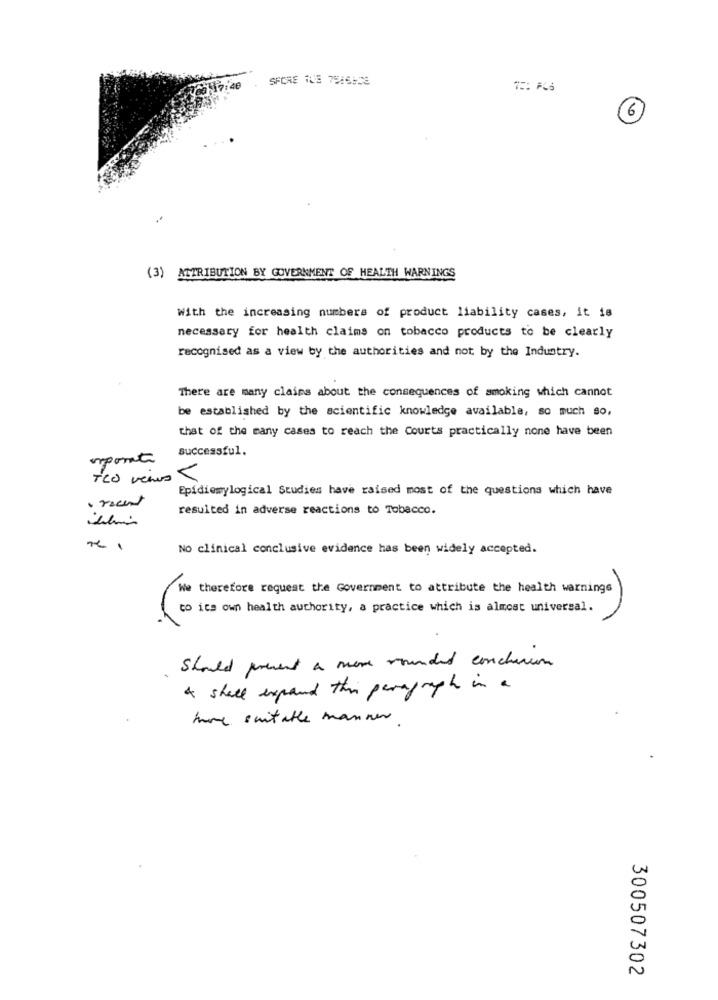
SPORE TUE 7546923
(3) ATTRIBUTION BY GOVERNMENT OF HEALTH WARNINGS
With the increasing numbers of product liability cases, it is
necessary for health claims on tobacco products to be clearly
recognised as a view by the authorities and not by the Industry.
There are many claims about the consequences of smoking which cannot
be established by the scientific knowledge available, so much so,
that of the many cases to reach the Courts practically none have been
Successful.
importe
+CO virus -
Epidiemylogical Studies have raised most of the questions which have
· recent
resulted in adverse reactions to Tobacco.
No clinical conclusive evidence has been widely accepted.
We therefore request the Government to attribute the health warnings
to its own health authority, a practice which is almost universal.
should present a more rounded conclusion
& shall expand this paragraph in a
more suitable manner
300507302